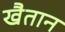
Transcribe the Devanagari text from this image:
खैतान